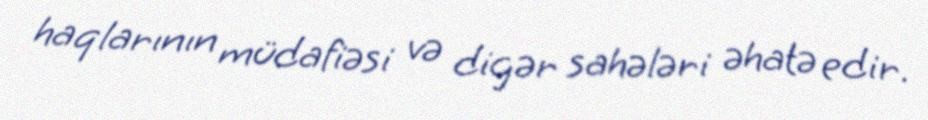
haqlarının müdafiəsi və digər sahələri əhatə edir.